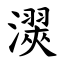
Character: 㵤